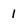
Character: 1